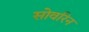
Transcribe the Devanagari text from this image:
सोवरिन